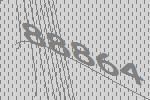
88864